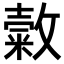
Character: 𢿰